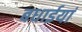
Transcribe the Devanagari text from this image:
बधाईयां